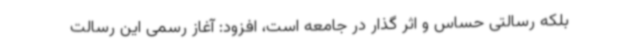
بلکه رسالتی حساس و اثر گذار در جامعه است، افزود: آغاز رسمی این رسالت